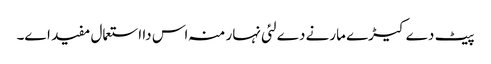
پیٹ دے کیڑے مارنے دے لئی نہار منہ اس دا استعمال مفید ا‏‏ے۔